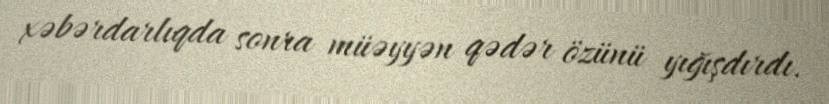
xəbərdarlıqda sonra müəyyən qədər özünü yığışdırdı.